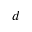
d